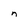
Character: n